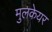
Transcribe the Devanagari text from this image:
मुलकेयर